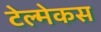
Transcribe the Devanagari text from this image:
टेल्मेकस